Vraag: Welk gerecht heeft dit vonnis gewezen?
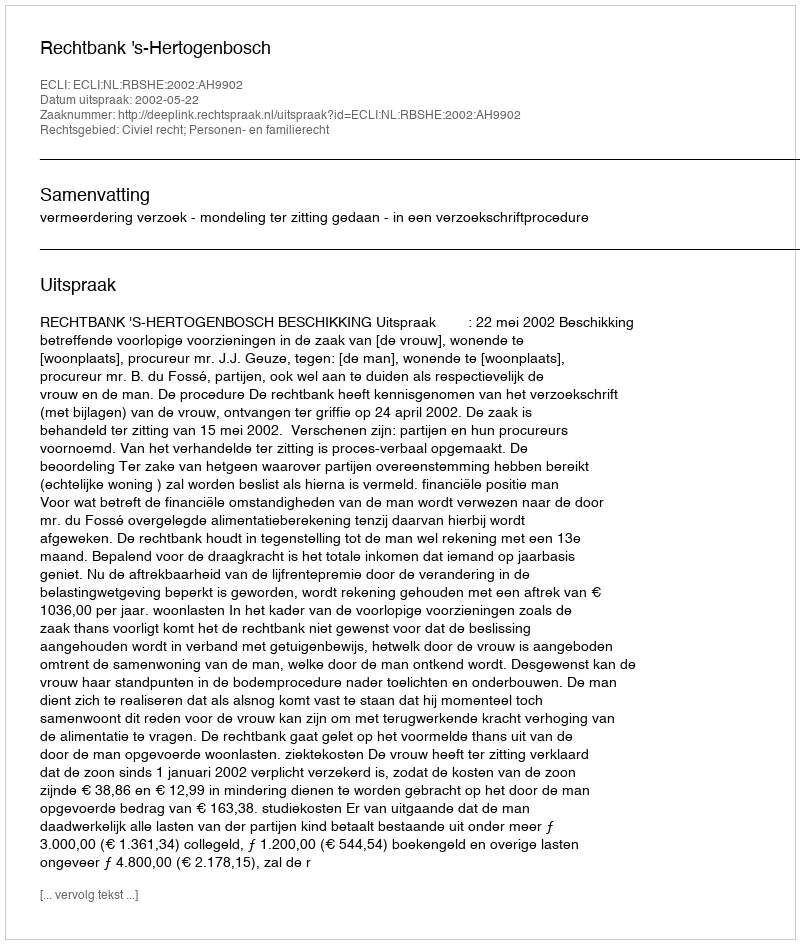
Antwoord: Rechtbank 's-Hertogenbosch